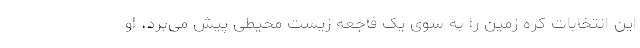
این انتخابات کره زمین را به سوی یک فاجعه زیست محیطی پیش می‌برد، او